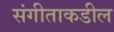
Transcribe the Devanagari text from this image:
संगीताकडील